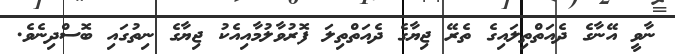
ނާވީ އޭނާގެ ދެއަތްތިލައިގެ ތެރޭ ޖިޔާގެ ދެއަތްތިލަ ފޮރުވާލުމާއިއެކު ޖިޔާގެ ނިތުގައި ބޮސްދިނެވެ.